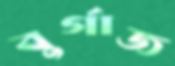
বুর্গাজ